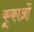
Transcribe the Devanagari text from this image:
कूकाओं